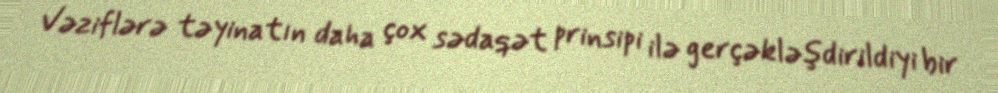
Vəziflərə təyinatın daha çox sədaqət prinsipi ilə gerçəkləşdirildiyi bir